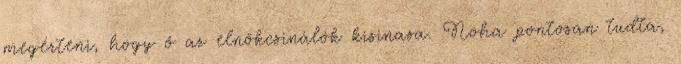
megérteni, hogy ő az elnökcsinálók kisinasa. Noha pontosan tudta,